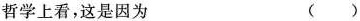
哲学上看，这是因为 ( )